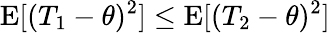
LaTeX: \operatorname{E}[(T_{1}-\theta)^{2}]\leq\operatorname{E}[(T_{2}-\theta)^{2}]